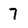
Character: 7